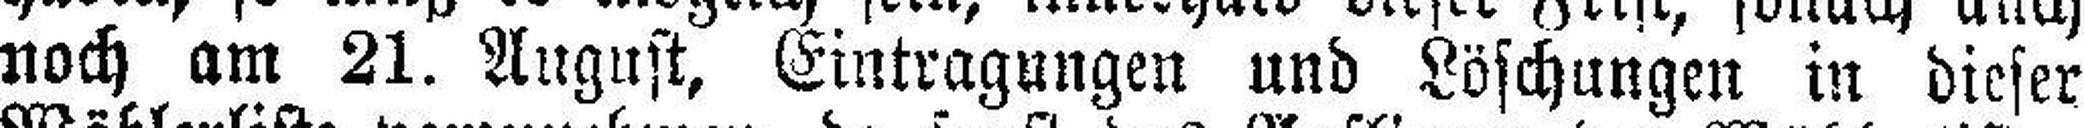
noch am 21. August, Eintragungen und Löschungen in dieser